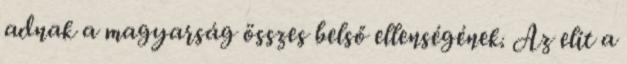
adnak a magyarság összes belső ellenségének. Az elit a